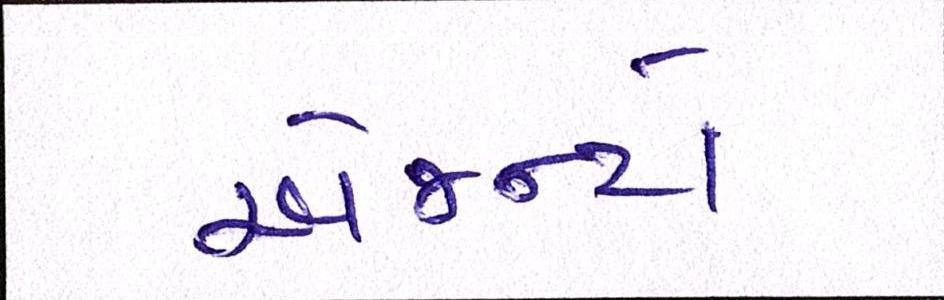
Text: એજન્ટો